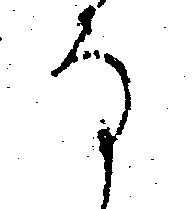
な